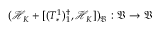
( \mathcal { H } _ { K } + [ ( T _ { * } ^ { 1 } ) _ { 1 } ^ { \dag } , \mathcal { H } _ { K } ] ) _ { \mathfrak { V } } : \mathfrak { V } \to \mathfrak { V }